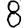
Digit: 8